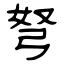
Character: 弩